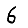
Digit: 6